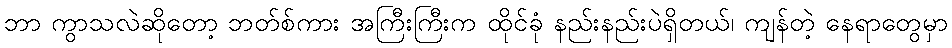
ဘာ ကွာသလဲဆိုတော့ ဘတ်စ်ကား အကြီးကြီးက ထိုင်ခုံ နည်းနည်းပဲရှိတယ်၊ ကျန်တဲ့ နေရာတွေမှာ